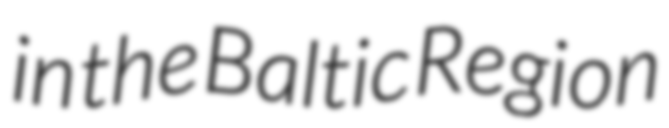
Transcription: in the Baltic Region